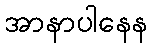
အာနာပါနေန